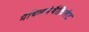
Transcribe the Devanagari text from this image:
मैथिलमेथैक्रिलेट